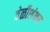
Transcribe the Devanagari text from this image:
वेळीशंभर